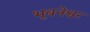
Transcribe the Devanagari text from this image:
भूबनेश्वर